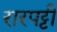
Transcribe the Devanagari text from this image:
रारपट्टी